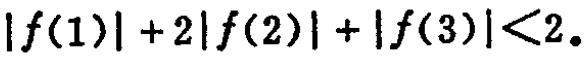
\(|f(1)| + 2|f(2)| + |f(3)|<2\)